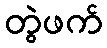
တွဲဖက်